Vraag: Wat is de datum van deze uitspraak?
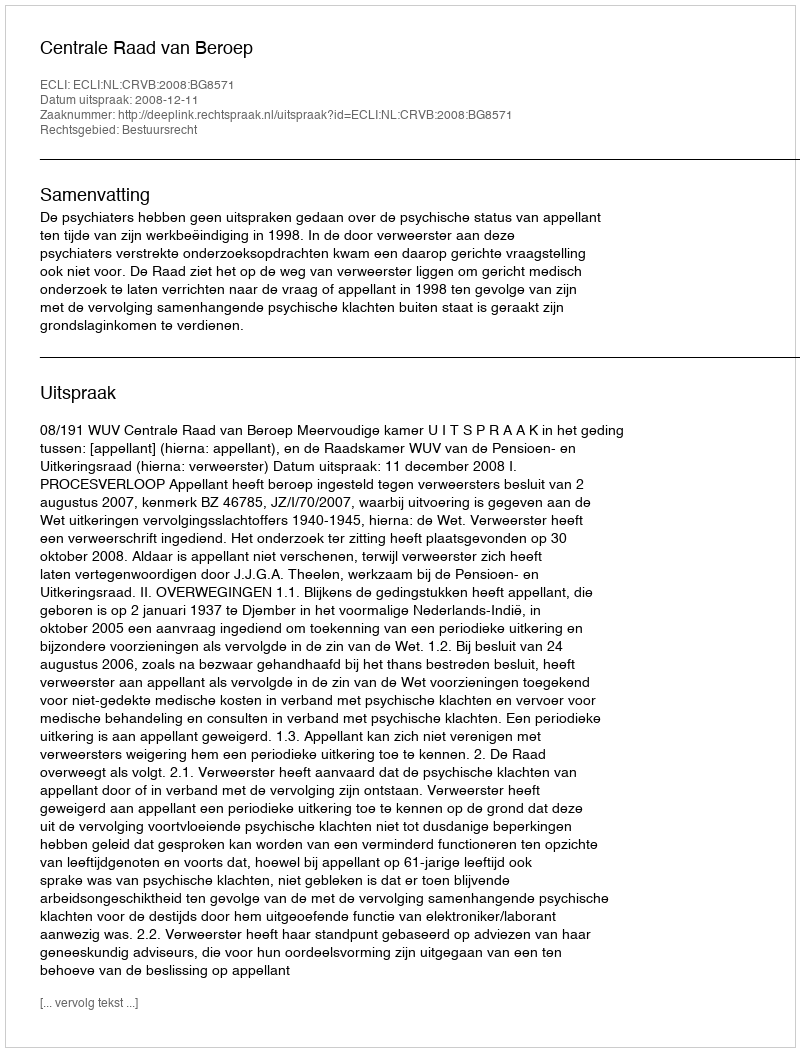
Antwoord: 2008-12-11